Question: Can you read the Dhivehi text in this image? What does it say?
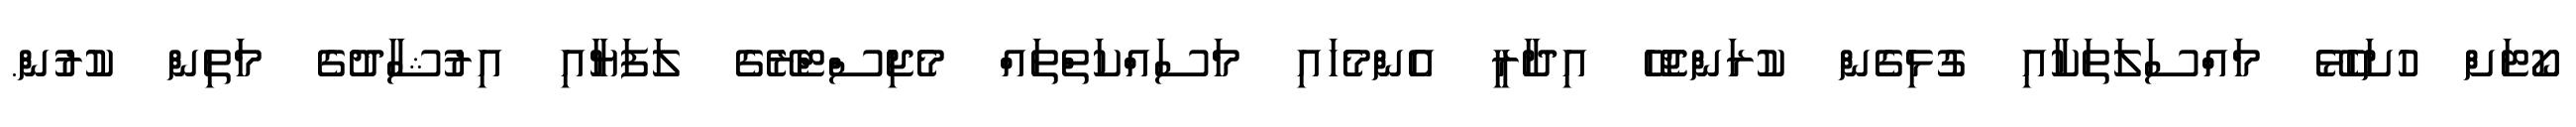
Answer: ކޯޓަށް ހުށަހެޅޭ މައްސަލަތަކާއި ގުޅިގެން ކުރަންޖެހޭ އިދާރީ އެންމެހައި މަސައްކަތްތައް މެޖިސްޓްރޭގެ ލަފަޔާއި އިރުޝާދުގެ މަތިން ކުރުން.